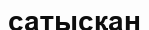
сатысқан